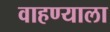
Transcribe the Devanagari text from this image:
वाहण्याला